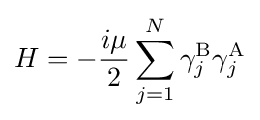
H=-{\frac {i\mu }{2}}\sum _{j=1}^{N}\gamma _{j}^{\rm {B}}\gamma _{j}^{\rm {A}}